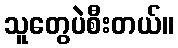
သူတွေပဲစီးတယ်။